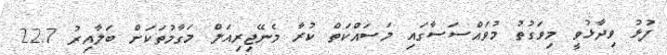
ފުޅު ވިދާޅުވީ މިވަގުތު މުވައްސަސާގައި މަސައްކަތް ކުރާ މެނޭޖިރިއަލް މަގާމުތަކަށް ބަލާއިރު 22.7